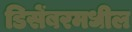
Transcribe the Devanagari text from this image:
डिसेंबरमधील